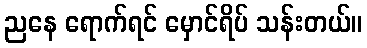
ညနေ ရောက်ရင် မှောင်ရိပ် သန်းတယ်။